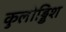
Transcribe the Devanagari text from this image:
कुलोड्डिश